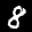
Label: 8